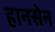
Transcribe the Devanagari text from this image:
हानसेन